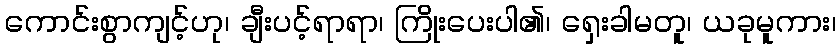
ကောင်းစွာကျင့်ဟု၊ ချီးပင့်ရာရာ၊ ကြိုးပေးပါ၏၊ ရှေးခါမတူ၊ ယခုမူကား၊